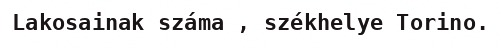
Lakosainak száma , székhelye Torino.